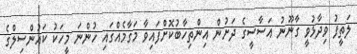
ލަތީފު ވިދާޅުވީ ގާނޫނު އަސާސީގެ ދަށުން އިންތިހާބުކޮށްފައިވާ މަގާމެއްގައި ހުންނަ މީހަކު ކައުންސިލްގެ